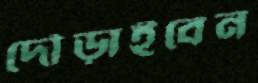
দৌড়াইবেন